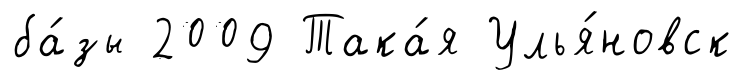
ба́зы 2009 Така́я Улья́новск